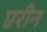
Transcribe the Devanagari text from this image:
एरीन